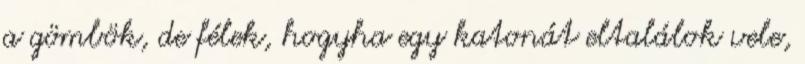
a gömbök, de félek, hogyha egy katonát eltalálok vele,